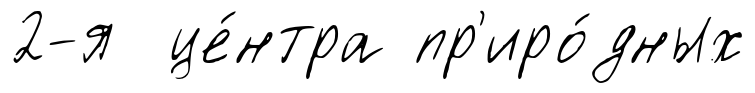
2-я це́нтра пр'иро́дных